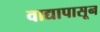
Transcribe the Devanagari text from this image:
वाद्यापासून